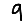
Digit: 9